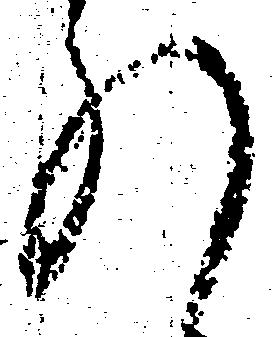
れ